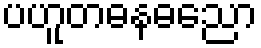
ပဟူတဓနဓညော